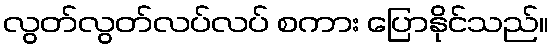
လွတ်လွတ်လပ်လပ် စကား ပြောနိုင်သည်။